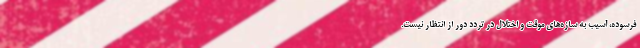
فرسوده، آسیب به سازه‌های موقت و اختلال در تردد دور از انتظار نیست.